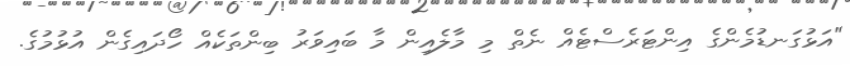
"އަޅުގަނޑުމެންގެ އިންޓަރެސްޓެއް ނެތް މި މާލެއިން މާ ބައިވަރު ބިންތަކެއް ހޯދައިގެން އުޅުމުގެ.